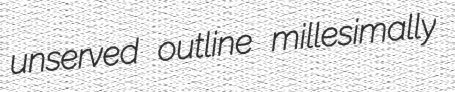
unserved outline millesimally